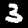
Digit: 3